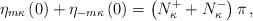
LaTeX: \begin{align*}\eta_{m\kappa}\left(0\right)+\eta_{-m\kappa}\left(0\right)=\left(N_\kappa^++N_\kappa^-\right)\pi\,,\end{align*}